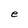
Character: e